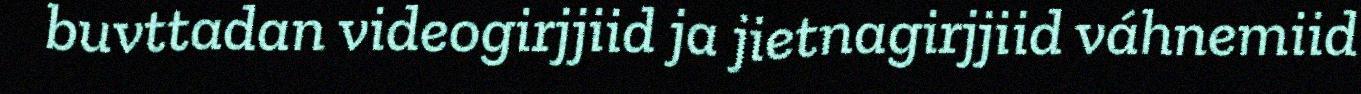
buvttadan videogirjjiid ja jietnagirjjiid váhnemiid